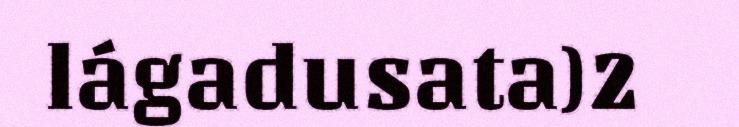
lágadusata)2